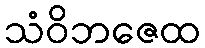
သံဝိဘဇေထ